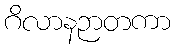
ဂိလာနဉာတကာ